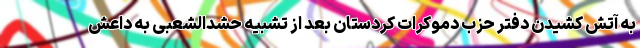
به آتش کشیدن دفتر حزب دموکرات کردستان بعد از تشبیه حشدالشعبی به داعش